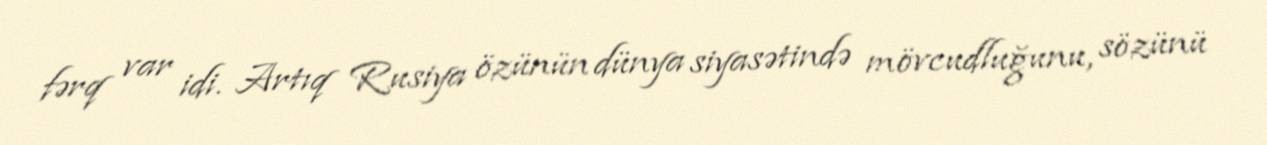
fərq var idi. Artıq Rusiya özünün dünya siyasətində mövcudluğunu, sözünü